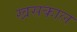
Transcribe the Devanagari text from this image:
खसकाल